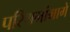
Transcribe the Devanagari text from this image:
परिश्रमांमागे